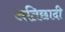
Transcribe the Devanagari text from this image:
अतिछादी